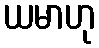
ယမာဟု